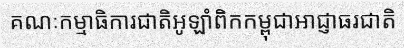
គណៈកម្មាធិការជាតិអូឡាំពិកកម្ពុជាអាជ្ញាធរជាតិ